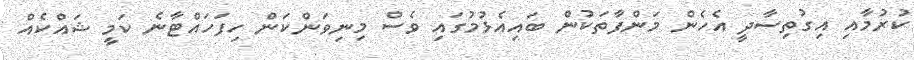
ކުރުމާއި އިގުތިސާދީ އެހެން މަންފާތަކުން ބައިއެޅުމުގައި ވެސް މިނިވަންކަން ހިފަހައްޓާނެ ކަމީ ޝައްކެއް